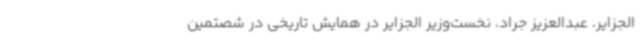
الجزایر، عبدالعزیز جراد، نخست‌وزیر الجزایر در همایش تاریخی در شصتمین